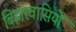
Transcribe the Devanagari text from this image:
बिहारवासियों